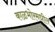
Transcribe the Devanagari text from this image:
काळभोरमधील